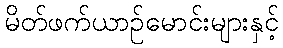
မိတ်ဖက်ယာဉ်မောင်းများနှင့်